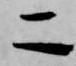
二